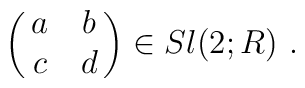
\pmatrix{a&b\cr c&d} \in Sl(2;R)\ .